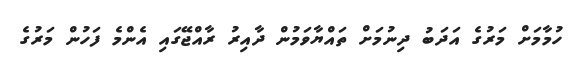
ހުމާމަށް މަރުގެ އަދަބު ދިނުމަށް ތައްޔާވަމުން ދާއިރު ރާއްޖޭގައި އެންމެ ފަހުން މަރުގެ